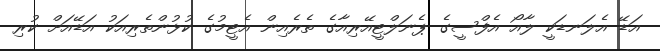
އަޑޭ އެލަނޑަކީ ލާއޯ އެފްސީގެ ޕެނަލްޓީއޭރިއާގެ ތެރެއިން އެޓީމުގެ ކުޅުންތެރިއަކު އަޑޭއަށް ކުރި